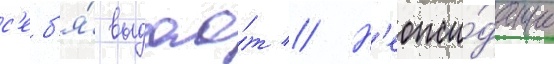
с'еб'я́ выдао́т // Н'еожи́данно